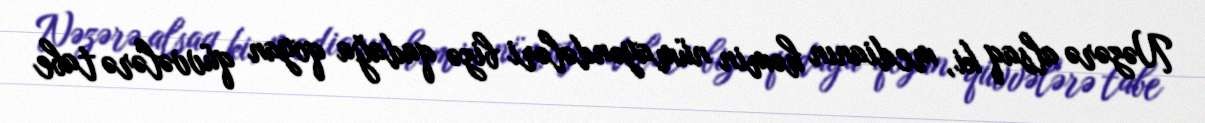
Nəzərə alsaq ki, medianın həmin nümayəndələri bizə qadağa qoyan qüvvələrə tabe